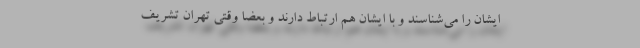
ایشان را می‌شناسند و با ایشان هم ارتباط دارند و بعضا وقتی تهران تشریف